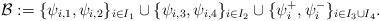
LaTeX: \begin{align*} \mathcal{B}:= \{\psi_{i,1}, \psi_{i,2}\}_{i\in I_1}\cup\{\psi_{i,3}, \psi_{i,4}\}_{i\in I_2} \cup\{\psi^+_i,\psi^-_i\}_{i\in I_3\cup I_4}. \end{align*}